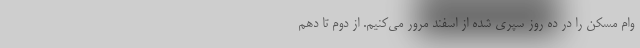
وام مسکن را در ده روز سپری شده از اسفند مرور می‌کنیم. از دوم تا دهم